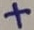
Text: +